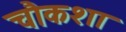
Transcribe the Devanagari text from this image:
चौकशा